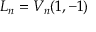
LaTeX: L _ { n } = V _ { n } ( 1 , - 1 )